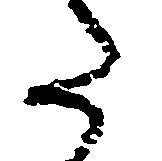
た